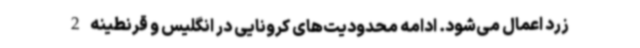
زرد اعمال می‌شود. ادامه محدودیت‌های کرونایی در انگلیس و قرنطینه 2